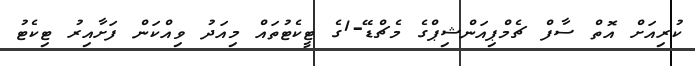
ކުރިއަށް އޮތް ސާފް ޗެމްޕިއަންޝިޕްގެ މެޗްޑޭ-1ގެ ޓީކެޓުތައް މިއަދު ވިއްކަން ފަށާއިރު ޓިކެޓު